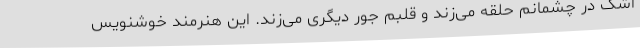
اشک در چشمانم حلقه می‌زند و قلبم جور دیگری می‌زند. این هنرمند خوشنویس